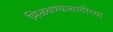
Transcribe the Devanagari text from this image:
मिळवण्यासाठीच्या